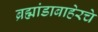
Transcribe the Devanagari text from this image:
ब्रह्मांडाबाहेरचे